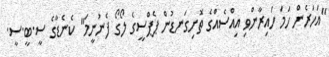
"އަހަރެން ހަމަ ހައިރާންވި އިއްސެއްގެ ތޮށިގަނޑުން ޕެޕްސީގެ ލޯގޯ ފެނުނީމަ" ކެނެޑާގެ ސީ.ބީ.ސީ.